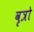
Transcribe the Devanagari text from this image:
वृत्रो